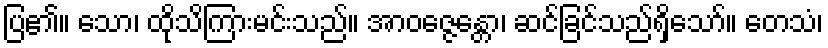
ပြ၏။ သော၊ ထိုသိကြားမင်းသည်။ အာဝဇ္ဇေန္တော၊ ဆင်ခြင်သည်ရှိသော်။ တေသံ၊